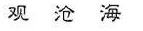
观沧海